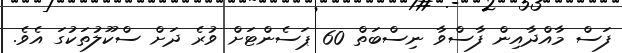
ފަސް މާއްދާއިން ފާސްވާ ނިސްބަތް 60 ޕަސެންޓަށް ވުރެ ދަށް ސްކޫލުތަކުގަ އެވެ.